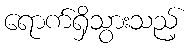
ရောက်ရှိသွားသည့်